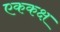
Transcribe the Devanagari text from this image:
एककक्ष